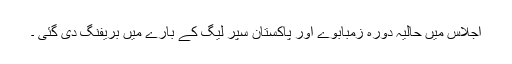
اجلاس میں حالیہ دورہ زمبابوے اور پاکستان سپر لیگ کے بارے میں بریفنگ دی گئی ۔